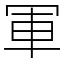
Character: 軍